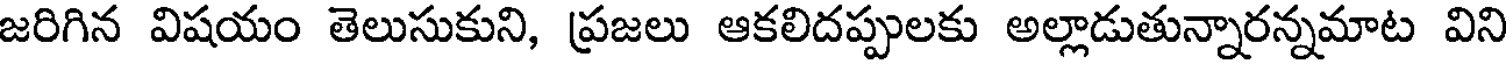
జరిగిన విషయం తెలుసుకుని, ప్రజలు ఆకలిదప్పులకు అల్లాడుతున్నారన్నమాట విని